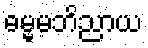
ဓမ္မမဘိညာယ